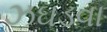
ઝઘડવા